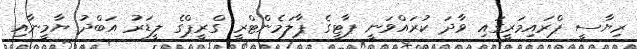
ރިޔާސީ ޕްރައިމަރީގައި ވާދަ ކުރައްވަނީ ޕާޓީގެ ޕާލަމެންޓްރީ ގްރީޕްގެ ލީޑަރު އަބްދު ޔާމީނާއި